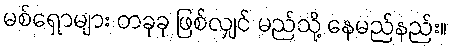
မစ်ရှောများ တခုခု ဖြစ်လျှင် မည်သို့ နေမည်နည်း။